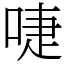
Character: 啑